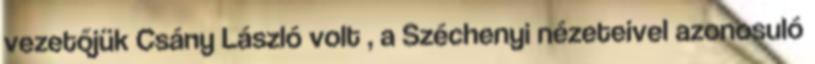
vezetőjük Csány László volt , a Széchenyi nézeteivel azonosuló